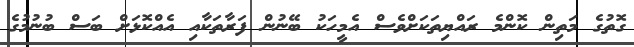
ގޮތުގެ މަތިން ކޮންމެ ރައްޔިތަކަށްވެސް އެމީހަކު ބޭނުން ފަރާތަކާއި އެއްކޮޅަށް ބަސް ބުނުމުގެ